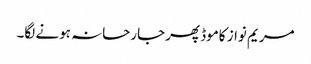
مریم نواز کاموڈ پھرجارحانہ ہونے لگا۔